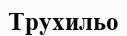
Трухильо